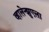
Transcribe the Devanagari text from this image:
व्हालेन्झुएला